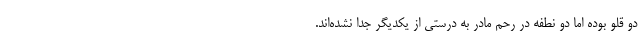
دو قلو بوده اما دو نطفه در رحم مادر به درستی از یکدیگر جدا نشده‌اند.